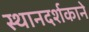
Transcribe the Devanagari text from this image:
स्थानदर्शकाने